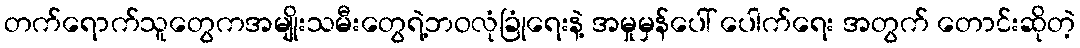
တက်ရောက်သူတွေကအမျိုးသမီးတွေရဲ့ဘဝလုံခြုံရေးနဲ့ အမှုမှန်ပေါ် ပေါက်ရေး အတွက် တောင်းဆိုတဲ့